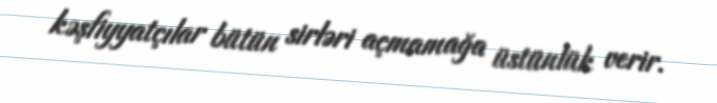
kəşfiyyatçılar bütün sirləri açmamağa üstünlük verir.